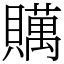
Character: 贎